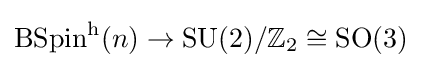
\operatorname {BSpin} ^{\mathrm {h} }(n)\rightarrow \operatorname {SU} (2)/\mathbb {Z} _{2}\cong \operatorname {SO} (3)